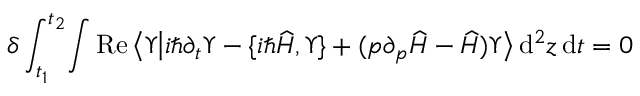
\delta \int _ { t _ { 1 } } ^ { t _ { 2 } } \! \int \operatorname { R e } \big \langle \Upsilon \big | i \hbar \partial _ { t } \Upsilon - \{ i \hbar \widehat { H } , \Upsilon \} + ( p \partial _ { p } \widehat { H } - \widehat { H } ) \Upsilon \big \rangle \, \mathrm { d } ^ { 2 } z \, \mathrm { d } t = 0